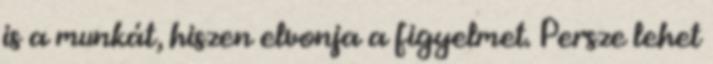
is a munkát, hiszen elvonja a figyelmet. Persze lehet